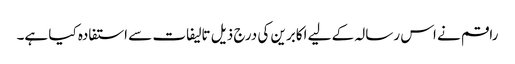
راقم نے اس رسالہ کے لیے اکابرین کی درج ذیل تالیفات سے استفادہ کیا ہے۔